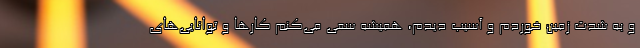
و به شدت زمین خوردم و آسیب دیدم، همیشه سعی می‌کنم کارها و توانایی‌های